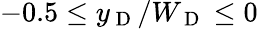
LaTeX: -0.5\leq y_{\mathrm{~D~}}/W_{\mathrm{~D~}}\leq 0